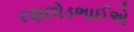
રણછોડભાઈએ